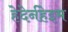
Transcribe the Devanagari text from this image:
हेदेर्नहेइम